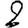
Digit: 2